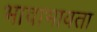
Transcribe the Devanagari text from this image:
भावाभावता